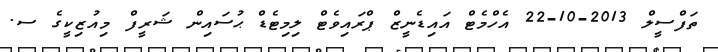
ތަފްސީލް 2013-10-22 އެހްމެޓް އައިޑެނީޒް ޕްރައިވެޓް ލިމިޓެޑް ޙުސައިން ޝަރީފް މިއުޒިކީގެ ސ.